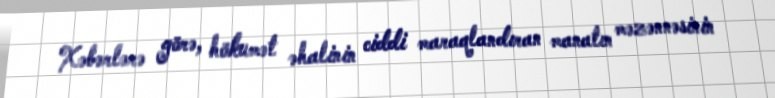
Xəbərlərə görə, hökumət əhalinin ciddi maraqlandıran manatın məzənnəsinin